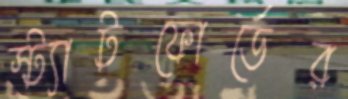
স্ট্যাটফোর্ডের